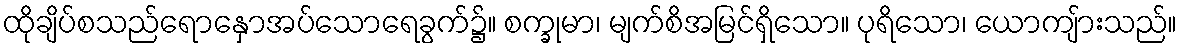
ထိုချိပ်စသည်ရောနှောအပ်သောရေခွက်၌။ စက္ခုမာ၊ မျက်စိအမြင်ရှိသော။ ပုရိသော၊ ယောကျ်ားသည်။